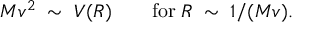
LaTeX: M v ^ { 2 } \; \sim \; V ( R ) \qquad \mathrm { f o r } \; R \; \sim \; 1 / ( M v ) .